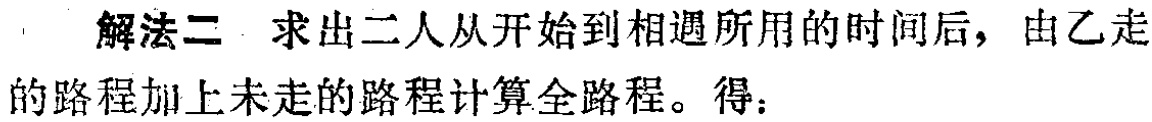
解法二 求出二人从开始到相遇所用的时间后，由乙走的路程加上未走的路程计算全路程。得：